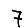
Digit: 7